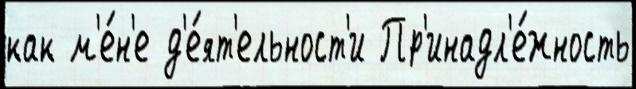
как м'е́н'е д'е́ят'ельност'и Пр'инадл'е́жность